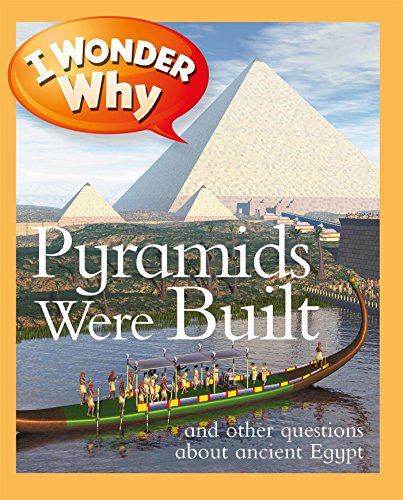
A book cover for I Wonder Why Pyramids Were Built; Philip Steele; Children's Books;